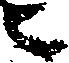
ニ